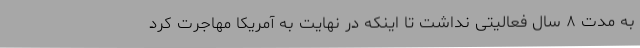
به مدت ۸ سال فعالیتی نداشت تا اینکه در نهایت به آمریکا مهاجرت کرد